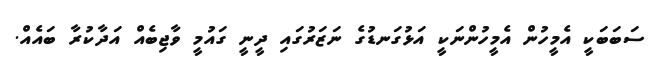
ސަބަބަކީ އެމީހުން އެމީހުންނަކީ އަޅުގަނޑުގެ ނަޒަރުގައި ދީނީ ގައުމީ ވާޖިބެއް އަދާކުރާ ބައެއް.